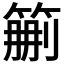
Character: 𥮚